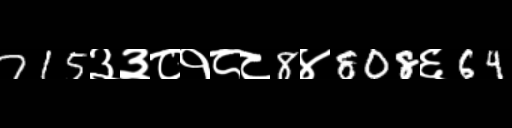
Text: 715३३८१८८8४808६64